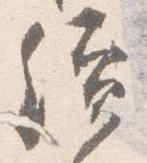
続